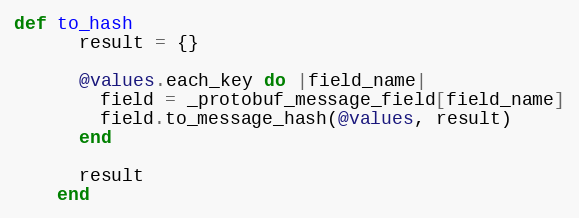
Language: Ruby
def to_hash
      result = {}

      @values.each_key do |field_name|
        field = _protobuf_message_field[field_name]
        field.to_message_hash(@values, result)
      end

      result
    end